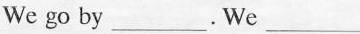
We go by___. We ___